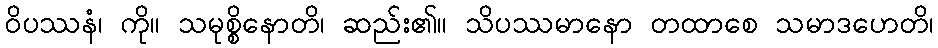
ဝိပဿနံ၊ ကို။ သမုစ္စိနောတိ၊ ဆည်း၏။ သိပဿမာနော တထာစေ သမာဒဟေတိ၊